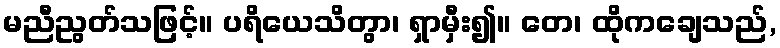
မညီညွတ်သဖြင့်။ ပရိယေသိတွာ၊ ရှာမှီး၍။ တေ၊ ထိုကချေသည်,